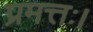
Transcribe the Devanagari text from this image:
प्रमत्तः।